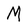
Character: M